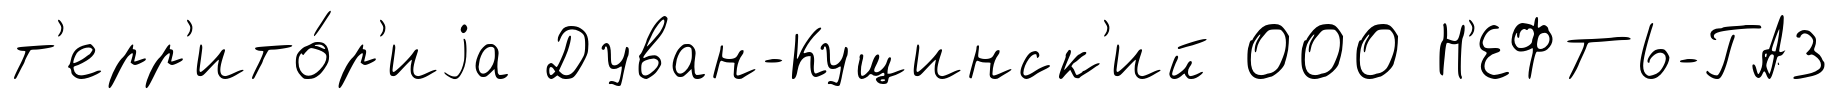
т'ерр'ито́р'иjа Дуван-Кущинск'ий 000 Н'ЕФТЬ-ГАЗ